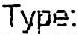
TYPE: